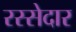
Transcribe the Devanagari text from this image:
रस्सेदार